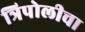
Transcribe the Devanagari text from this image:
त्रिपोलीचा